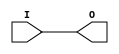
module IBUF_SSTL3_I (O, I);

    output O;

    input  I;

	buf B1 (O, I);


endmodule